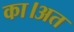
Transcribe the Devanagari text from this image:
का।अत